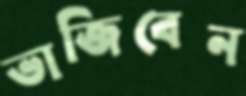
ভাজিবেন